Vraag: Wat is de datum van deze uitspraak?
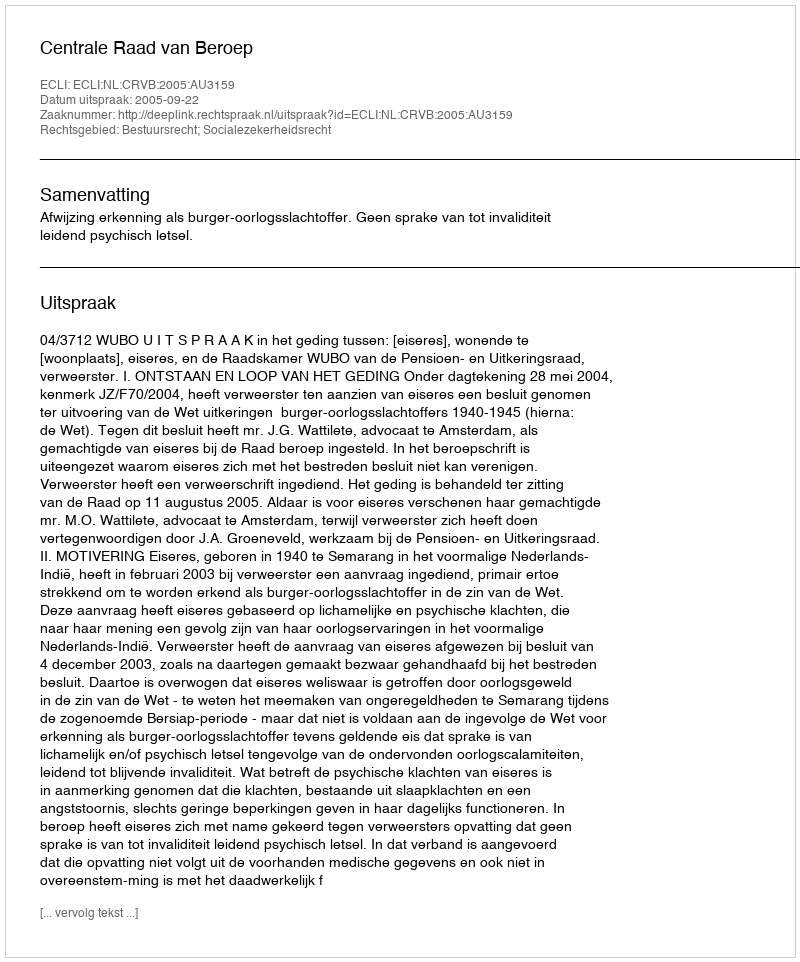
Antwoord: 2005-09-22